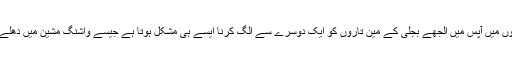
شہر کی اکثر تنگ گلیوں میں آپس میں اُلجھے بجلی کے مین تاروں کو ایک دوسرے سے الگ کرنا ایسے ہی مشکل ہوتا ہے جیسے واشنگ مشین میں دُھلے کپڑوں کو الگ کرنا ۔